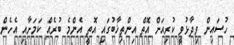
ހުސައިން ވިދާޅުވީ ކުރިއަށް އޮތް އިންތިޚާބުގައި އޮތީ އެންމެ ބުރެއް ކަމަށާއި އެހެން